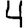
Digit: 4